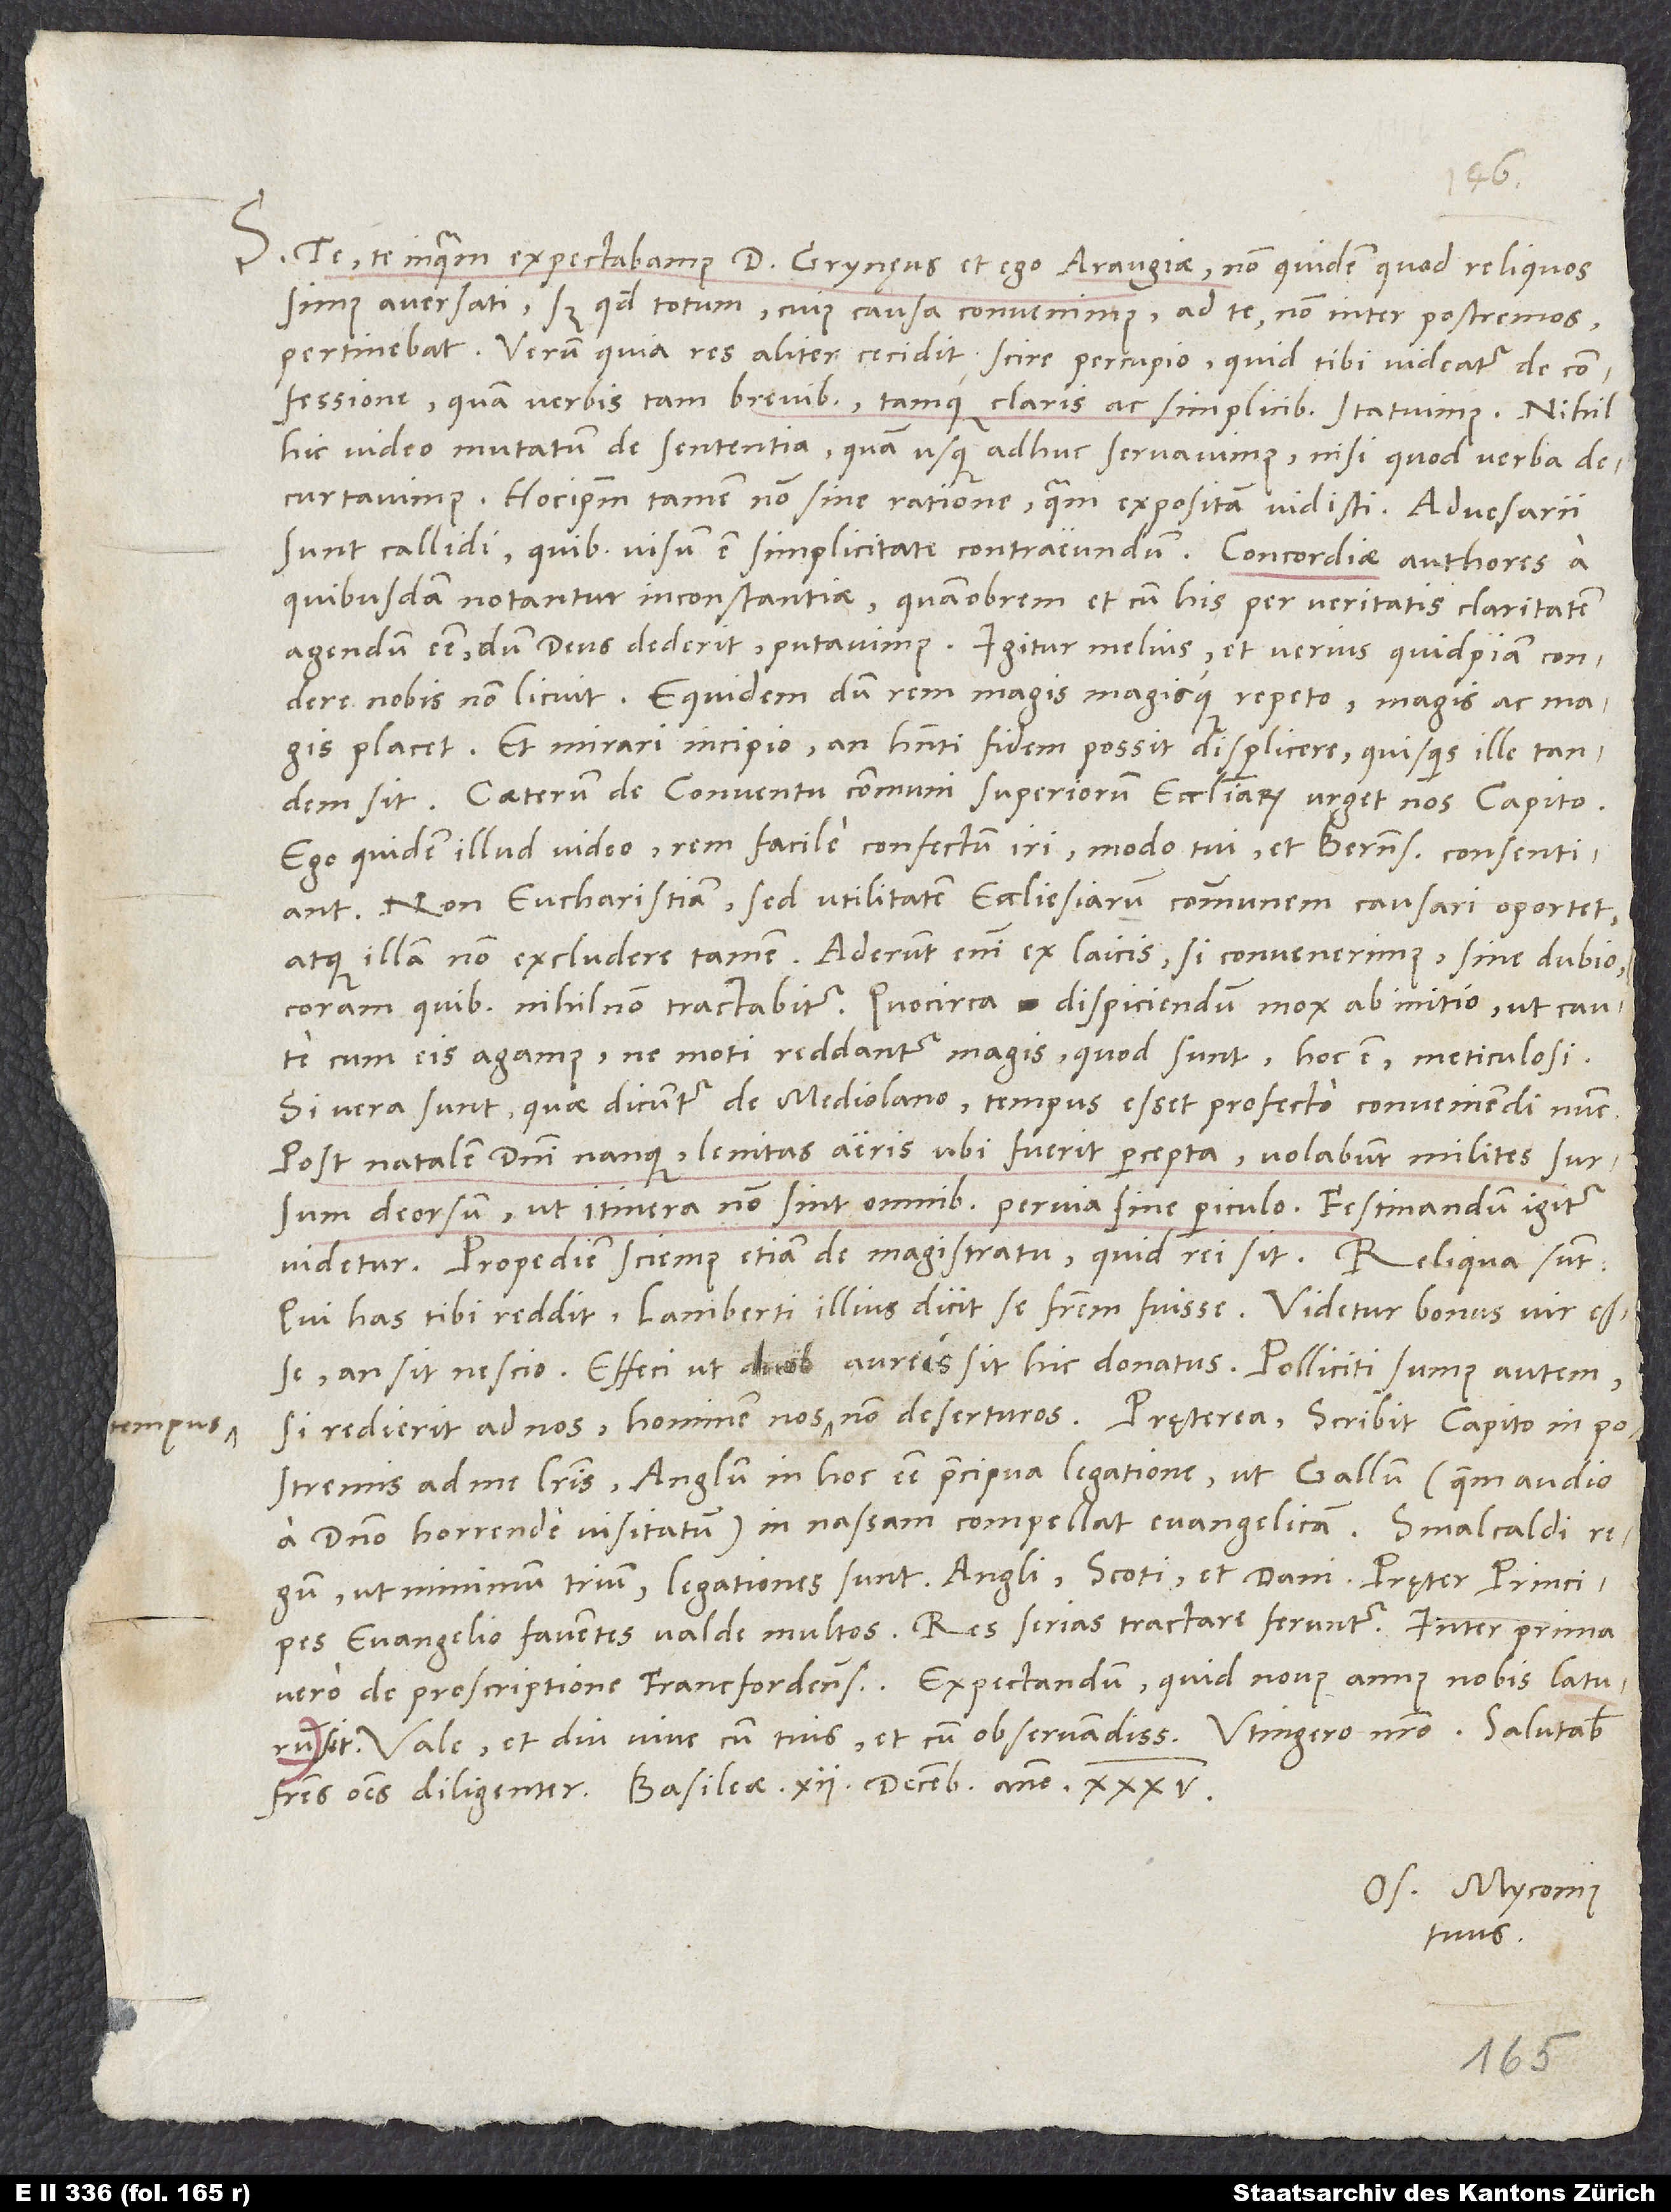
tempus

S. Te, te inquam, expectabamus d. Grynęus et ego Araugiae, non quidem quod reliquos
simus aversati, sed quod totum, cuius causa convenimus, ad te non inter postremos
pertinebat. Verum quia res aliter cecidit, scire percupio, quid tibi videatur de
confessione, quam verbis tam brevibus tamque claris ac simplicibus statuimus. Nihil
hic video mutatum de sententia, quam usque adhuc servavimus, nisi quod verba
decurtavimus, hoc ipsum tamen non sine ratione, quam expositam vidisti. Adversarii
sunt callidi, quibus visum est simplicitate contraeundum. Concordiae authores a
quibusdam notantur inconstantiae, quamobrem et cum his per veritatis claritatem
agendum esse, dum deus dederit, putavimus. Igitur melius et verius quidpiam condere
nobis non licuit. Equidem dum rem magis magisque repeto, magis ac magis
placet, et mirari incipio, an habenti fidem possit displicere, quisquis ille tandem
Caeterum de conventu communi superiorum ecclesiarum urget nos Capito.
Ego quidem illud video, rem facile confectum iri, modo tui et Bernenses consentiant.
Non eucharistiam, sed utilitatem ecclesiarum communem causari oportet
atque illam non excludere tamen. Aderunt enim ex laicis, si convenerimus, sine dubio,
coram quibus nihil non tractabitur. Quocirca dispiciendum mox ab initio, ut caute
cum eis agamus, ne moti reddantur magis. Quod sunt, hoc est meticulosi.
Si vera sunt, quae dicuntur de Mediolano, tempus esset profecto conveniendi nunc.
Post natalem domini nanque, levitas aeris ubi fuerit percepta, volabunt milites sursum
deorsum, ut itinera non sint omnibus pervia sine periculo. Festinandum igitur
Qui has tibi reddit, Lamberti illius dicit se fratrem fuisse. Videtur bonus vir esse;
an sit, nescio. Effeci, ut duobus aureis sit hic donatus. Polliciti sumus autem,
postremis ad me literis Anglum in hoc esse praecipua legatione, ut Gallum (quem audio
a domino horrende visitatum) in nassam compellat evangelicam.
ut minimum trium legationes sunt: Angli, Scoti et Dani, pręter principes
evangelio faventes valde multos. Res serias tractare feruntur, inter prima
vero de proscriptione Francfordensium. Expectandum, quid novus annus nobis laturum
Vale et diu vive cum tuis et cum observandissimo Utingero nostro. Salutabis
Os. Myconius
tuus.